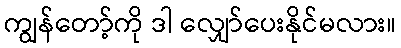
ကျွန်တော့်ကို ဒါ လျှော်ပေးနိုင်မလား။